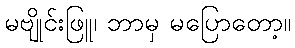
မဗျိုင်းဖြူ၊ ဘာမှ မပြောတော့။